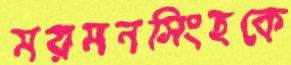
ময়মনসিংহকে